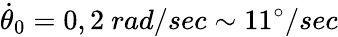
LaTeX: \dot{\theta}_{0}=0,2~rad/sec\sim 11^{\circ}/sec